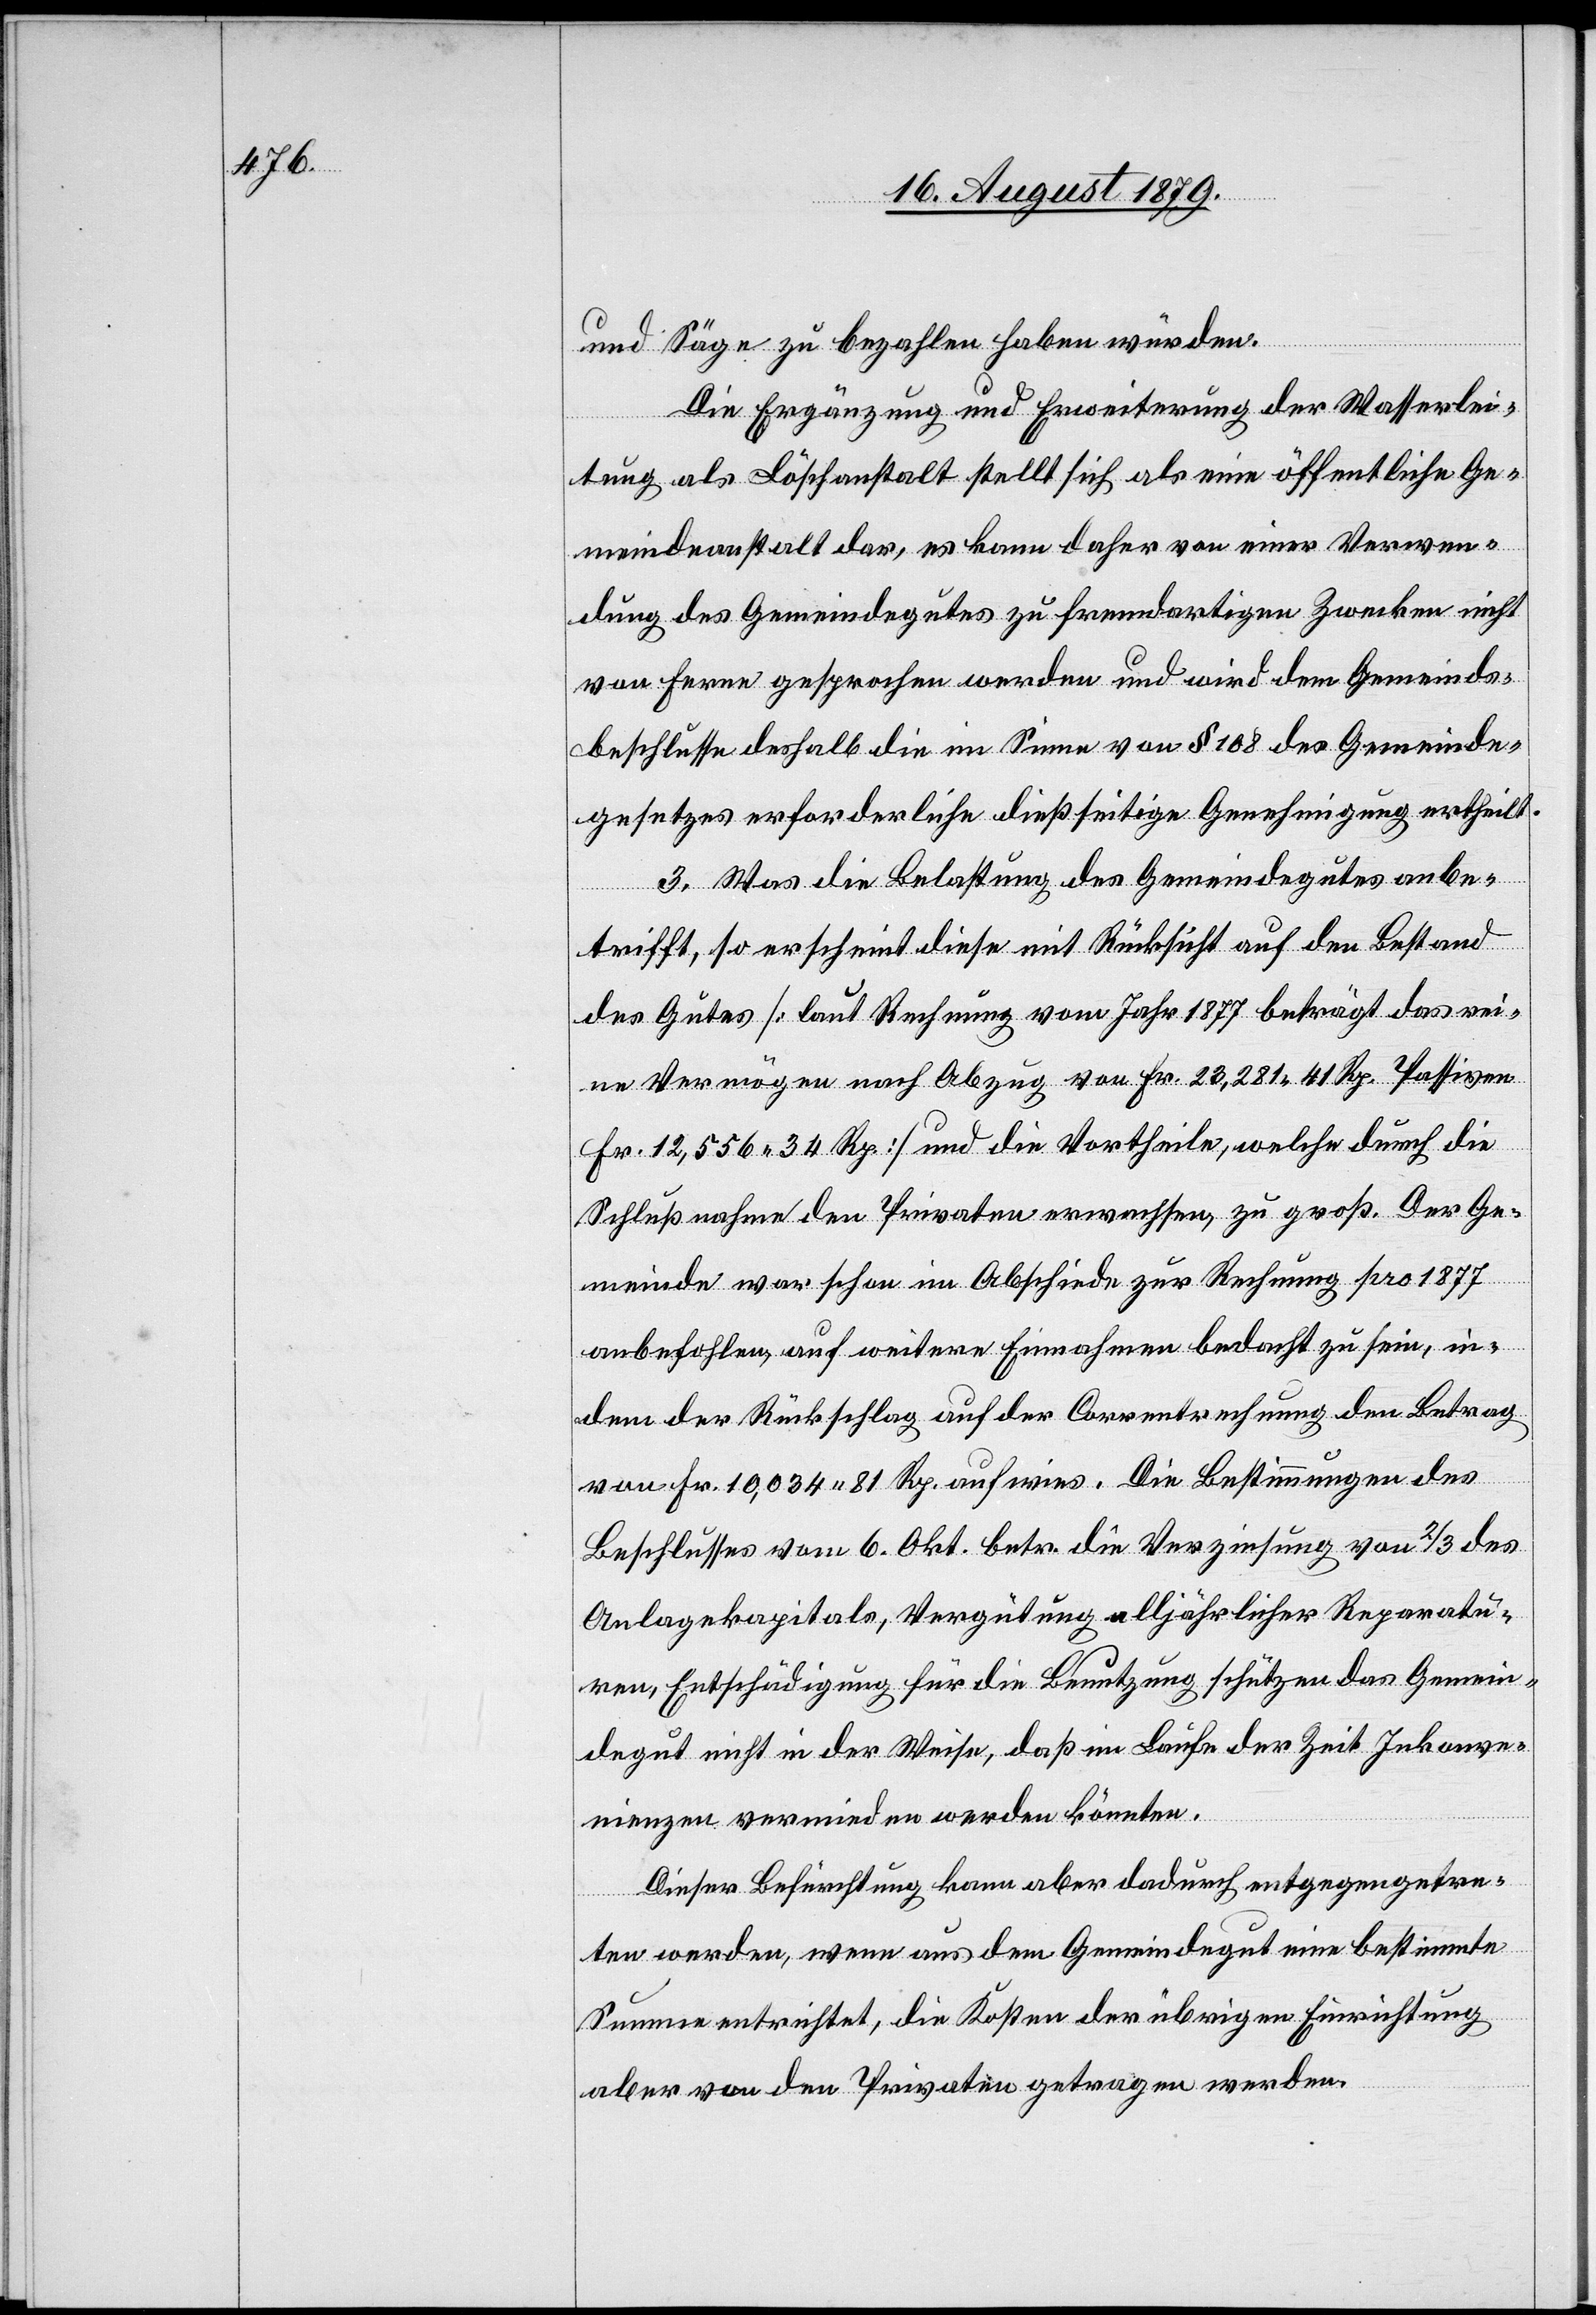
und Säge zu bezahlen haben würden.
Die Ergänzung und Erweiterung der Wasserleis¬
tung als Löschanstalt stellt sich als eine öffentliche Ge¬
meindeanstalt, es kann daher von einer Verwen¬
dung des Gemeindegutes zu fremdartigen Zwecken nicht
von ferne gesprochen werden und wird dem Gemeinds¬
beschlusse deshalb die im Sinne von § 108 des Gemeinde¬
gesetzes erforderliche dießseitige Genehmigung ertheilt.
3. Was die Belastung des Gemeindegutes anbe¬
trifft, so erscheint diese mit Rücksicht auf den Bestand
des Gutes [laut Rechnung vom Jahr 1877 beträgt das rei¬
ne Vermögen nach Abzug von Fr. 23,221 41 Rp. Passiven
Fr. 12,556 34 Rp.] und die Vortheile, welche durch die
Schlußnahme den Privaten erwachsen, zu groß. Der Ge¬
meinde war schon im Abschiede zur Rechnung pro 1877
anbefohlen, auf weitere Einnahmen bedacht zu sein, in¬
dem der Rückschlag auf der Correntrechnung den Betrag
von Fr. 10,034 81 Rp. aufwies. Die Bestimmungen des
Beschlusses vom 6. Okt. betr. die Verzinsung von 2/3 des
Anlagekapitals, Vergütung alljährlicher Reparatu¬
ren, Entschädigung für die Benutzung schützen das Gemein¬
degut nicht in der Weise, daß im Laufe der Zeit Inkonve¬
nienzen vermieden werden könnten.
Dieser Befürchtung kann aber dadurch entgegengetre¬
ten werden, wenn aus dem Gemeindegut eine bestimmte
Summe entrichtet, die Kosten der übrigen Einrichtung
aber von den Privaten getragen werden.